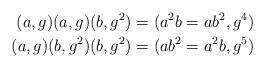
LaTeX: \begin{align*}(a,g)(a,g)(b,g^2)&=(a^2b=ab^2,g^4)\\(a,g)(b,g^2)(b,g^2)&=(ab^2=a^2b,g^5)\end{align*}